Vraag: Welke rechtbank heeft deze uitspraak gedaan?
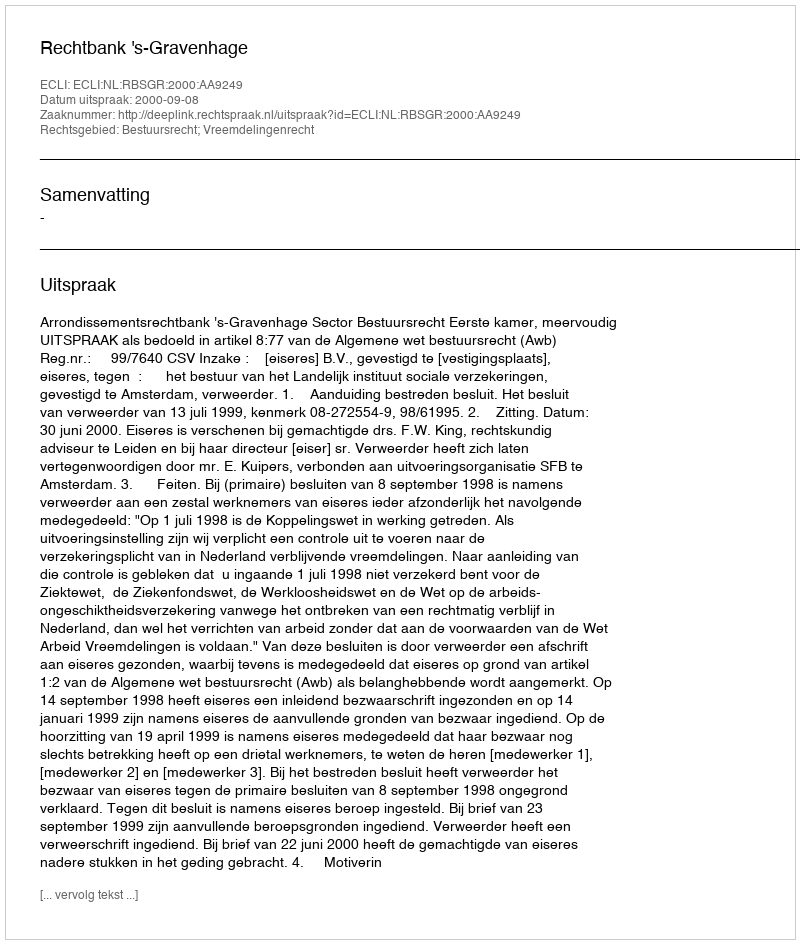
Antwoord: Rechtbank 's-Gravenhage